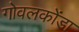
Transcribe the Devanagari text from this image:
गोवलकोंडा